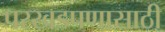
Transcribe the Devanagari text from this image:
परखडपणासाठी